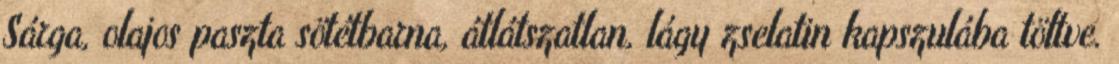
Sárga, olajos paszta sötétbarna, átlátszatlan, lágy zselatin kapszulába töltve.